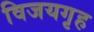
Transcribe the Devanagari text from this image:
विजयगृह